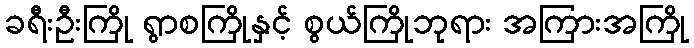
ခရီးဦးကြို ရွာစကြိုနှင့် စွယ်ကြိုဘုရား အကြားအကြို